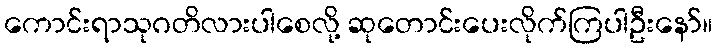
ကောင်းရာသုဂတိလားပါစေလို့ ဆုတောင်းပေးလိုက်ကြပါဦးနော်။